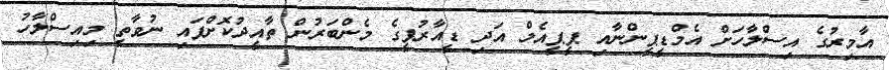
އާމިރުގެ އިސްލާހަށް އެމްޑީޕީންނާއި ޕީޕީއެމް އަދި ޑީއާރުޕީގެ މެންބަރުން ތާއީދުކޮށްފައި ނުވާތީ މިއިސްލާހު